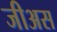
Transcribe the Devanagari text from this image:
जीअस